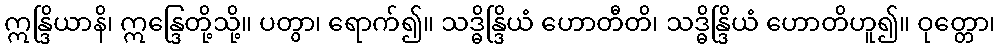
ဣန္ဒြိယာနိ၊ ဣန္ဒြေတို့သို့။ ပတွာ၊ ရောက်၍။ သဒ္ဓိန္ဒြိယံ ဟောတီတိ၊ သဒ္ဓိန္ဒြိယံ ဟောတိဟူ၍။ ဝုတ္တော၊